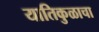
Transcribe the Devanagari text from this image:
यातिकुळाचा